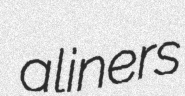
aliners